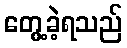
တွေ့ခဲ့ရသည်